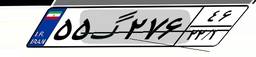
۵۵گ۲۷۶۴۶